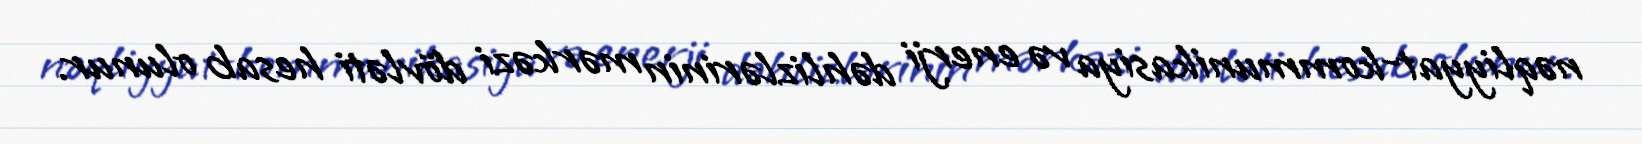
nəqliyyat-kommunikasiya və enerji dəhlizlərinin mərkəzi dövləti hesab olunur.